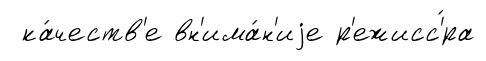
ка́честв'е вн'има́н'иjе р'ежисс'́ра